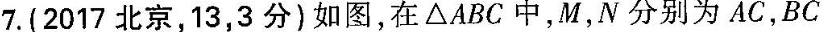
7.(2017北京，13，3分)如图，在△ABC中，M，N分别为AC，BC